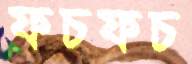
ফচফচ